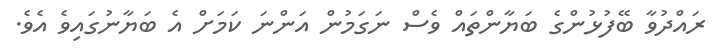
ރައްދުވާ ބޭފުޅުންގެ ބަޔާންތައް ވެސް ނަގަމުން އަންނަ ކަމަށް އެ ބަޔާނުގައިވެ އެވެ.